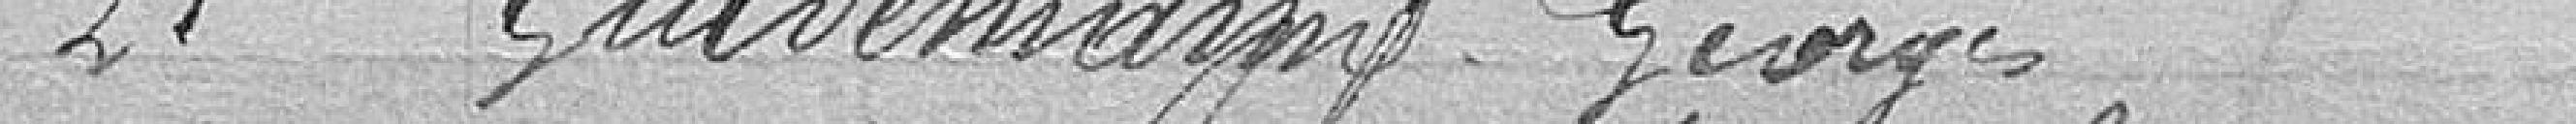
21. GULDEMANN, Georges